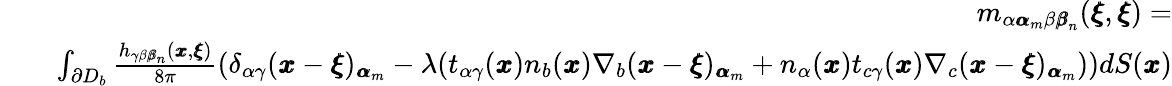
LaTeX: \begin{array}{rlr}&{}&{m_{\alpha{\pmb\alpha}_{m}\beta{\pmb\beta}_{n}}({\pmb\xi},{\pmb\xi})=}\\ &{}&{\int_{\partial D_{b}}\frac{h_{\gamma\beta{\pmb\beta}_{n}}({\pmb x},{\pmb\xi})}{8\pi}\left(\delta_{\alpha\gamma}({\pmb x}-{\pmb\xi})_{{\pmb\alpha}_{m}}-\lambda(t_{\alpha\gamma}({\pmb x})n_{b}({\pmb x})\nabla_{b}({\pmb x}-{\pmb\xi})_{{\pmb\alpha}_{m}}+n_{\alpha}({\pmb x})t_{c\gamma}({\pmb x})\nabla_{c}({\pmb x}-{\pmb\xi})_{{\pmb\alpha}_{m}})\right)dS({\pmb x})}\end{array}